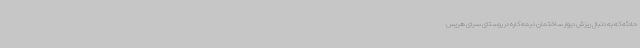
حادثه که به دنبال ریزش دیوار ساختمان نیمه کاره در روستای سرای هریس